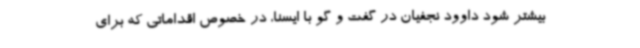
بیشتر شود داوود نجفیان در گفت و گو با ایسنا، در خصوص اقداماتی که برای